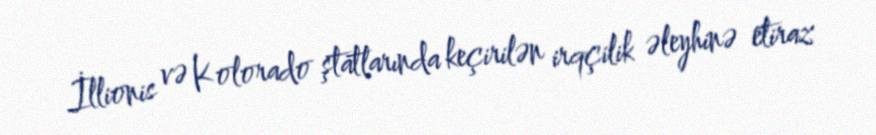
İllionis və Kolorado ştatlarında keçirilən irqçilik əleyhinə etiraz